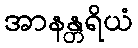
အာနန္တရိယံ